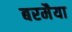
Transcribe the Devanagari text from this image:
बरमैया